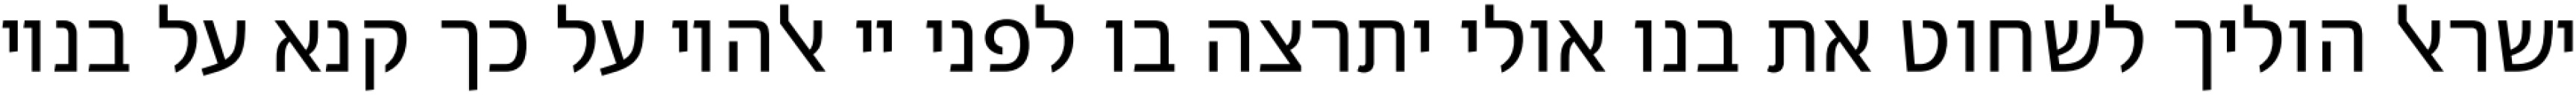
ישראל הוליך לשחוט את בנו אולי יתרצה בו לפני יי אלהיו על כך קנא על בניו